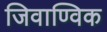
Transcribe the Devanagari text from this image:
जिवाण्विक